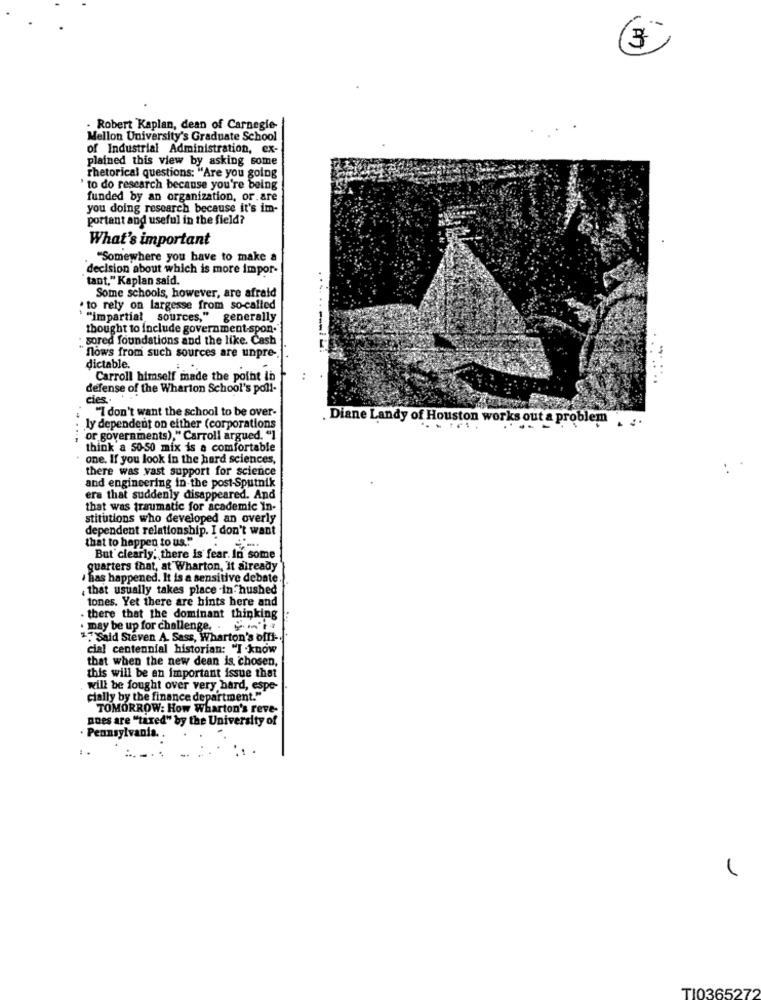
3
. Robert Kaplan, dean of Carnegie-
Mellon University's Graduate School
of Industrial Administration, ex-
plained this view by asking some
rhetorical questions: "Are you going
' to do research because you're being
funded by an organization, or.are
you doing research because it's im-
portant and useful in the field?
What's important
"Somewhere you have to make a
decision about which is more impor-
tant," Kaplan said.
Some schools, however, are afraid
. to rely on largesse from so-called
' "impartial sources," generally
thought to include government-spon.
: sored foundations and the like. Cash
flows from such sources are unpre -.
dictable.
Carroll himself made the point in
defense of the Wharton School's poll-
cies ..
"I don't want the school to be over-
. Diane Landy of Houston works out a pr
blem
ly dependent on either (corporations
or governments)," Carroll argued. "1
think a 50-50 mix is a comfortable
one. If you look in the hard sciences,
there was vast support for science
and engineering in the post-Sputnik
era that suddenly disappeared. And
that was traumatic for academic In-
stitutions who developed an overly
dependent relationship. I don't want
that to happen to us.""
But clearly, there is fear. In some
quarters that, at Wharton, It already
' has happened. It is a sensitive debate.
that usually takes place in. hushed
tones. Yet there are hints here and
. there that the dominant thinking
. may be up for challenge. . . - '
** Said Steven A. Sass, Wharton's offl -.
cial centennial historian: "I know
that when the new dean is chosen,
this will be an important issue that
will be fought over very hard, espe-
cially by the finance department.""
TOMORROW: How Wharton's reve-
noes are "taxed" by the University of
· Pennsylvania.
TI0365272